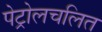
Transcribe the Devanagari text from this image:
पेट्रोलचलित